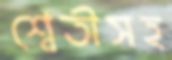
শ্বেতীসহ